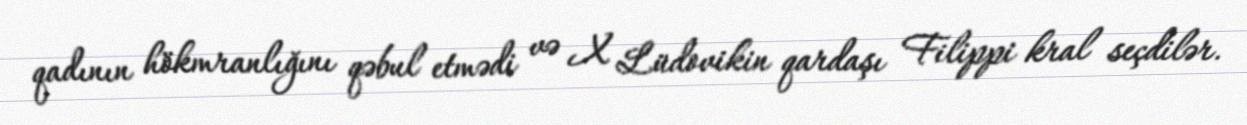
qadının hökmranlığını qəbul etmədi və X Lüdovikin qardaşı Filippi kral seçdilər.